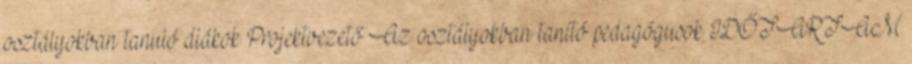
osztályokban tanuló diákok Projektvezető Az osztályokban tanító pedagógusok IDŐTARTAM